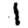
Digit: 1